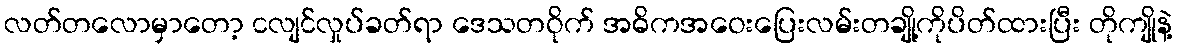
လတ်တလောမှာတော့ ငလျင်လှုပ်ခတ်ရာ ဒေသတဝိုက် အဓိကအဝေးပြေးလမ်းတချို့ကိုပိတ်ထားပြီး တိုကျိုနဲ့